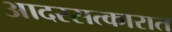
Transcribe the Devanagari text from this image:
आदरसत्कारात